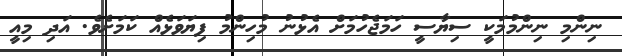
ނިންމި ނިންމުމަކީ ސިޔާސީ ހަމަޖެހުމަށް އެޅުނު މުހިންމު ފިޔަވަޅެއް ކަމަށެވެ. އަދި މިއީ